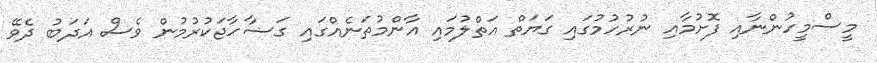
މީސްމީހުންނާއި ފޮށުމާއި ނުރުހުމުގައި ގަޔަތް އަތްލުމައި އާންމުތަނެއްގައި ގަޟާހާޖަކުރުމުން ވެސް އަދަބު ދެވޭ